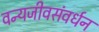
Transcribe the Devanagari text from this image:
वन्यजीवसंवर्धन